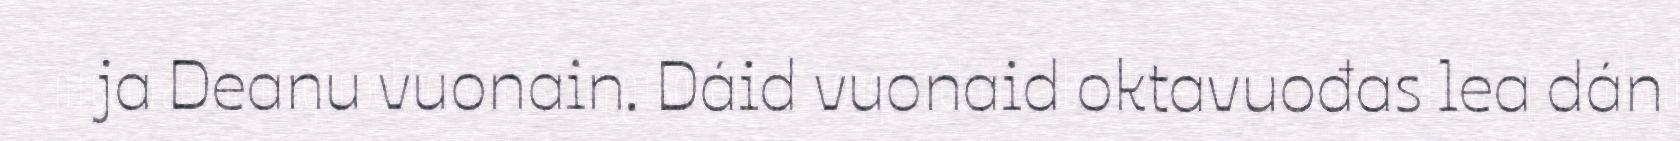
ja Deanu vuonain. Dáid vuonaid oktavuođas lea dán